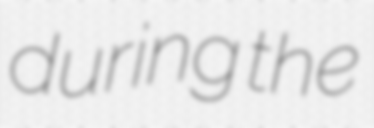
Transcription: during the